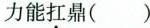
力能扛鼎( )